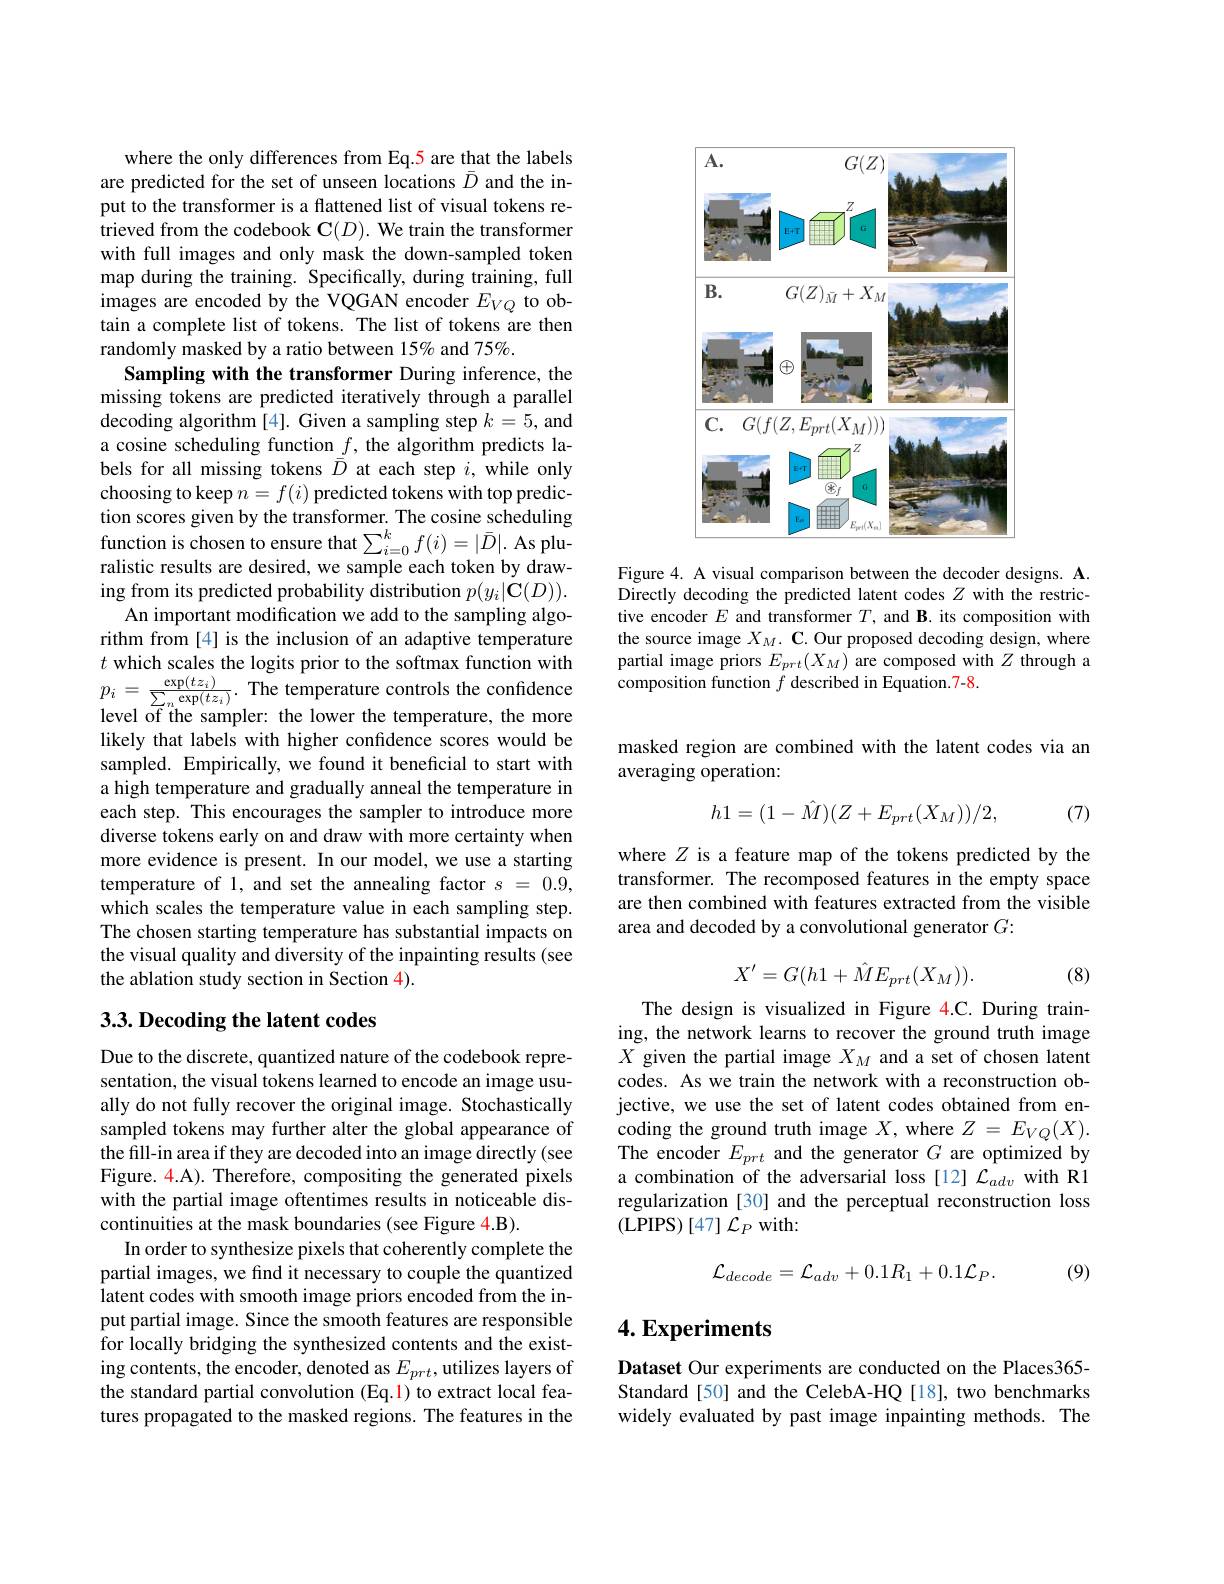
where the only differences from Eq.5 are that the labels are predicted for the set of unseen locations $\bar{D}$ and the input to the transformer is a flattened list of visual tokens retrieved from the codebook $\mathbf{C} ( D) . \textbf{We train the transformer}$ with full images and only mask the down-sampled token map during the training. Specifically, during training, full images are encoded by the VQGAN encoder $E_VQ$ to obtain a complete list of tokens. The list of tokens are then randomly masked by a ratio between 15% and 75%.
Sampling with the transformer During inference, the missing tokens are predicted iteratively through a parallel decoding algorithm [4]. Given a sampling step $k=5$, and a cosine scheduling function $\underline{f}$, the algorithm predicts labels for all missing tokens $\bar{D}$ at each step $i$, while only choosing to keep $n=f(i)$ predicted tokens with top prediction scores given by the transformer. The cosine scheduling function is chosen to ensure that $\sum_i=0^kf(i)=|\bar{D}|.$ As pluralistic results are desired, we sample each token by drawing from its predicted probability distribution $p(y_{i}|\dot{\mathbf{C}}(D)).$
An important modification we add to the sampling algorithm from [4] is the inclusion of an adaptive temperature $t$ which scales the logits prior to the softmax function with $p_{i}=\frac{\exp(tz_{i})}{\sum_{n}\exp(tz_{i})}.$The temperature controls the confidence level of the sampler: the lower the temperature, the more likely that labels with higher confidence scores would be sampled. Empirically, we found it beneficial to start with a high temperature and gradually anneal the temperature in each step. This encourages the sampler to introduce more diverse tokens early on and draw with more certainty when more evidence is present. In our model, we use a starting temperature of l, and set the annealing factor $s=0.9$, which scales the temperature value in each sampling step. The chosen starting temperature has substantial impacts on the visual quality and diversity of the inpainting results (see the ablation study section in Section 4).

### $3. 3. \textbf{Decoding the latent codes}$

Due to the discrete, quantized nature of the codebook representation, the visual tokens learned to encode an image usually do not fully recover the original image. Stochastically sampled tokens may further alter the global appearance of the fill-in area if they are decoded into an image directly (see Figure. 4.A). Therefore, compositing the generated pixels with the partial image oftentimes results in noticeable discontinuities at the mask boundaries (see Figure 4.B).
In order to synthesize pixels that coherently complete the partial images, we find it necessary to couple the quantized latent codes with smooth image priors encoded from the input partial image. Since the smooth features are responsible for locally bridging the synthesized contents and the existing contents, the encoder, denoted as $E_prt$, utilizes layers of the standard partial convolution (Eq.1) to extract local features propagated to the masked regions. The features in the

<FigureHere>

Figure 4. A visual comparison between the decoder designs. A. Directly decoding the predicted latent codes $Z$ with the restrictive encoder $E$ and transformer $T$, and B. its composition with the source image $X_M. \textbf{C. Our proposed decoding design, where}$ partial image priors $E_{prt}(X_M)$ are composed with $Z$ through a composition function $f$ described in Equation.7-8.

masked region are combined with the latent codes via an
averaging operation:
$$h1=(1-\hat M)(Z+E_{prt}(X_M))/2,$$
(7)

where $Z$ is a feature map of the tokens predicted by the transformer. The recomposed features in the empty space are then combined with features extracted from the visible area and decoded by a convolutional generator $G:$
$$X'=G(h1+\hat{M}E_{prt}(X_M)).$$
(8)

The design is visualized in Figure 4.C. During training, the network learns to recover the ground truth image $X$ given the partial image $X_M$ and a set of chosen latent codes. As we train the network with a reconstruction objective, we use the set of latent codes obtained from encoding the ground truth image $X$, where $Z=E_VQ(X).$ The encoder $E_prt$ and the generator $G$ are optimized by a combination of the adversarial loss [12] $\mathcal{L}_{adv}$ with R1 regularization [30] and the perceptual reconstruction loss (LPIPS)$[47]\mathcal{L}_P$with:
$$\mathcal{L}_{decode}=\mathcal{L}_{adv}+0.1R_{1}+0.1\mathcal{L}_{P}.$$
(9)

## $4. \textbf{Experiments}$

Dataset Our experiments are conducted on the Places365- Standard[50] and the CelebA-HQ[18], two benchmarks widely evaluated by past image inpainting methods. The